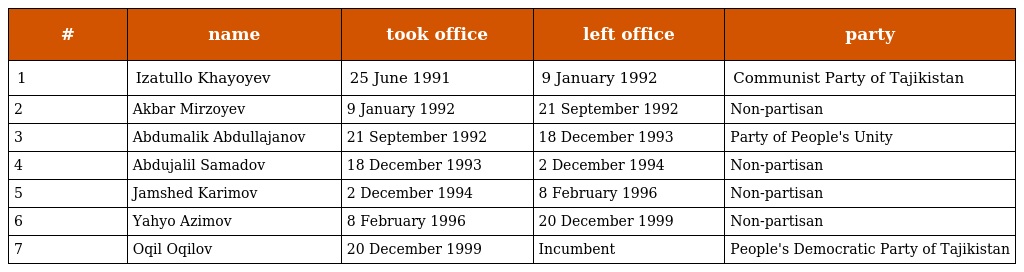
| # | name | took office | left office | party |
 | --- | --- | --- | --- | --- |
 | 1 | Izatullo Khayoyev | 25 June 1991 | 9 January 1992 | Communist Party of Tajikistan |
 | 2 | Akbar Mirzoyev | 9 January 1992 | 21 September 1992 | Non-partisan |
 | 3 | Abdumalik Abdullajanov | 21 September 1992 | 18 December 1993 | Party of People's Unity |
 | 4 | Abdujalil Samadov | 18 December 1993 | 2 December 1994 | Non-partisan |
 | 5 | Jamshed Karimov | 2 December 1994 | 8 February 1996 | Non-partisan |
 | 6 | Yahyo Azimov | 8 February 1996 | 20 December 1999 | Non-partisan |
 | 7 | Oqil Oqilov | 20 December 1999 | Incumbent | People's Democratic Party of Tajikistan |